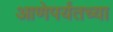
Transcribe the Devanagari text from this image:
आणेपर्यंतच्या